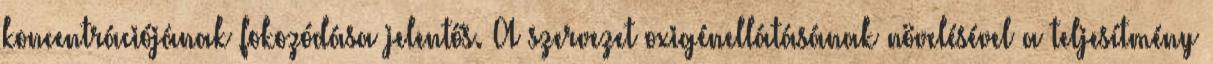
koncentrációjának fokozódása jelentős. A szervezet oxigénellátásának növelésével a teljesítmény